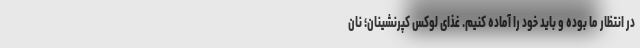
در انتظار ما بوده و باید خود را آماده کنیم. غذای لوکس کپرنشینان؛ نان